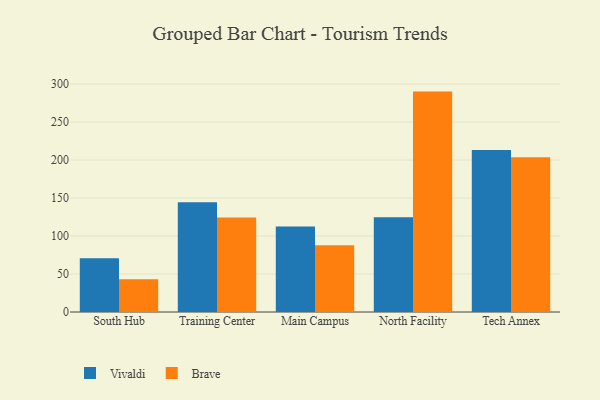
{"axis": {"x": "Campus", "y": "Backlog"}, "legend": ["Brave", "Vivaldi"], "data": [{"x": "South Hub", "y": 70.9, "type": "Vivaldi"}, {"x": "South Hub", "y": 43.2, "type": "Brave"}, {"x": "Training Center", "y": 144.6, "type": "Vivaldi"}, {"x": "Training Center", "y": 124.4, "type": "Brave"}, {"x": "Main Campus", "y": 112.4, "type": "Vivaldi"}, {"x": "Main Campus", "y": 88.0, "type": "Brave"}, {"x": "North Facility", "y": 124.6, "type": "Vivaldi"}, {"x": "North Facility", "y": 290.1, "type": "Brave"}, {"x": "Tech Annex", "y": 213.3, "type": "Vivaldi"}, {"x": "Tech Annex", "y": 203.7, "type": "Brave"}]}